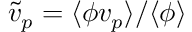
\widetilde { v } _ { p } = \langle \phi v _ { p } \rangle / \langle \phi \rangle